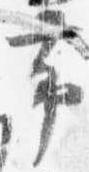
帯